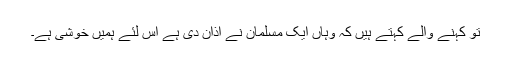
تو کہنے والے کہتے ہیں کہ وہاں ایک مسلمان نے اذان دی ہے اس لئے ہمیں خوشی ہے۔